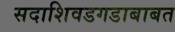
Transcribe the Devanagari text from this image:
सदाशिवडगडाबाबत